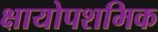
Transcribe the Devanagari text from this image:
क्षायोपशमिक